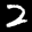
Label: 2